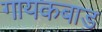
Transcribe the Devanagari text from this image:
गायकबाड़